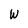
Character: W